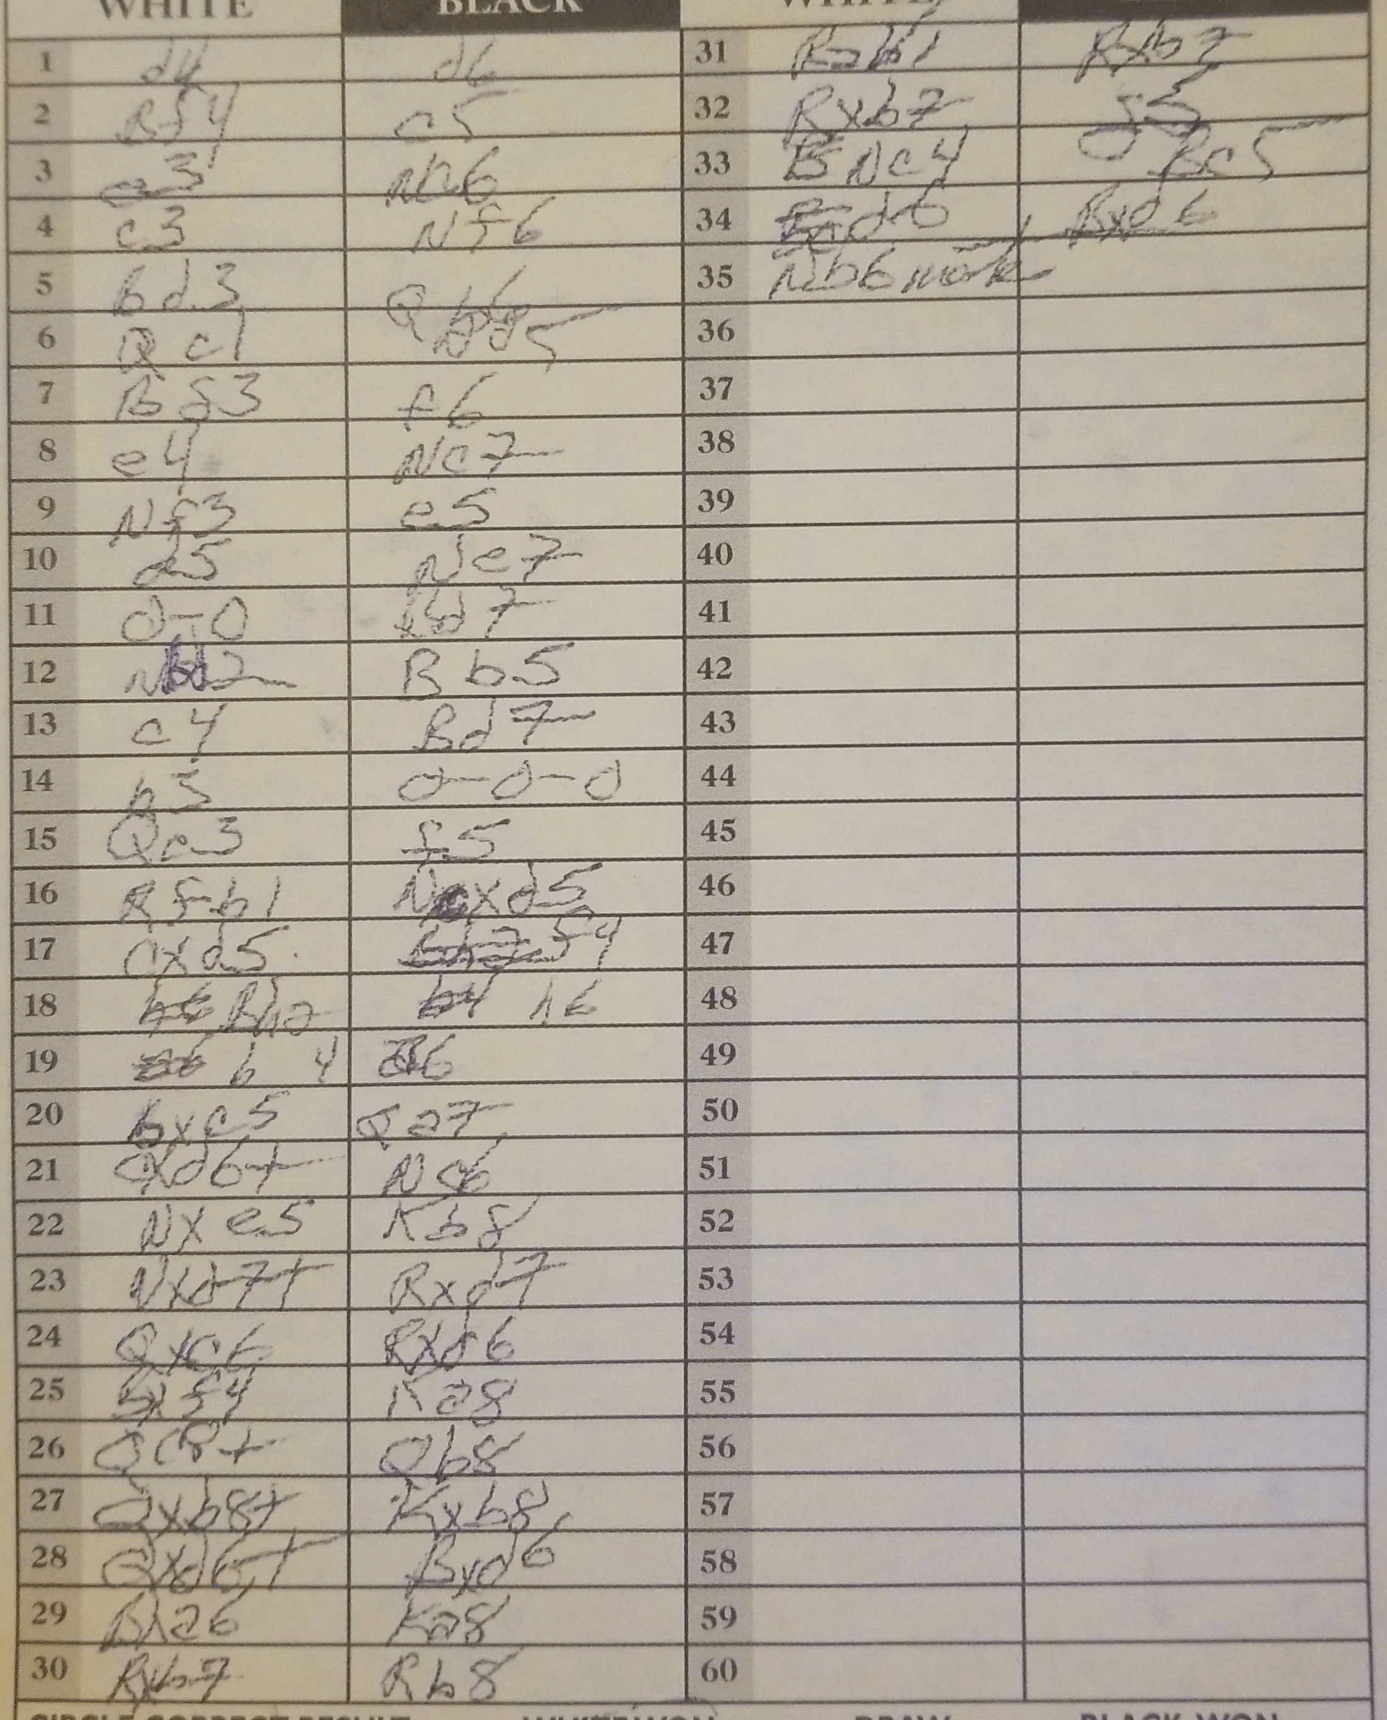
Moves: d4 d6 Bf4 c5 e3 Na6 c3 Nf6 Bd3 Qb6 Qc1 Qd5 Bg3 f6 e4 Nc7 Nf3 e5 d5 Ne7 O-O Bd7 Nbd2 Bb5 c4 Bd7 b3 O-O-O Qe3 f5 Rfb1 Ncxd5 cxd5 f4 Bh2 h6 b4 bxc5 Qa7 cxd6+ Nc6 Nxe5 Kb8 Nxd7+ Rxd7 Qxc6 Rxd6 Bxf4 Ka8 Qc8+ Qb8 Qxb8+ Kxb8 Qxd6+ Bxd6 Bxa6 Ka8 Rxb7 Rb8 Rab1 Rxb7 Rxb7 g5 Nc4 Bc5 d6 Bxd6 Nb6